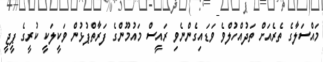
މައްސަލާގެ ތެރެއަށް ތަދުއްހުލްވެ ވަޑައިގެންނެވި ރައީސް މައުމޫންގެ ފަރާތްޕުޅުން ވަކީލަކީ ކުރީގެ ޕީޖީ